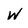
Character: W